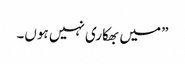
”میں بھکاری نہیں ہوں۔